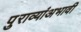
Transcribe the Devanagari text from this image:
पुराव्यांअभावी